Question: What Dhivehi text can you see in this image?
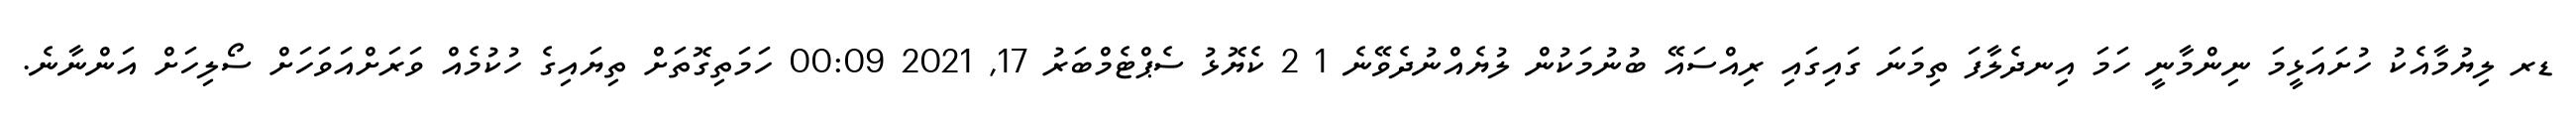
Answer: ޑރ ލިޔުމާއެކު ހުށައަޅީމަ ނިންމާނީ ހަމަ އިނދެލާފަ ތިމަނަ ގައިގައި ރިއްސައޭ ބުނުމަކުން ލުޔެއްނުދެވޭނެ 1 2 ކެޔޮޅު ސެޕްޓެމްބަރު 17, 2021 00:09 ހަމަތިގޮތަށް ތިޔައިގެ ހުކުމެއް ވަރަށްއަވަހަށް ސޯލިހަށް އަންނާނެ.